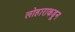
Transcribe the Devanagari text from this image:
लोहाराकडून